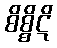
စိစ္စိဋိ